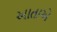
આતાએ